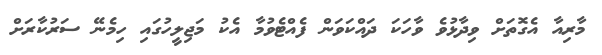
މާރިއާ އެގޮތަށް ވިދާޅުވެ ވާހަކަ ދައްކަވަން ފެއްޓެވުމާ އެކު މަޖިލީހުގައި ހިމެނޭ ސަރުކާރަށް